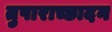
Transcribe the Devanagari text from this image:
तुषाराच्छादन